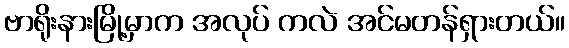
ဗာရိုးနားမြို့မှာက အလုပ် ကလဲ အင်မတန်ရှားတယ်။